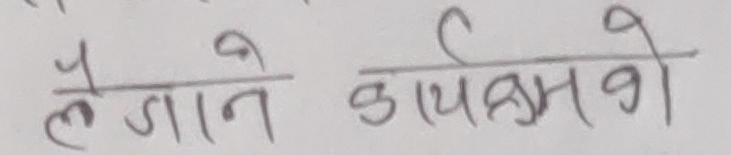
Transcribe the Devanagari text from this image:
लैजाने कार्यक्रमको